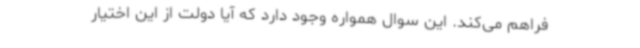
فراهم می‌کند. این سوال همواره وجود دارد که آیا دولت از این اختیار